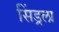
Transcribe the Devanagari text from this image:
सिंड्रला